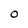
Character: O